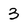
Character: 3